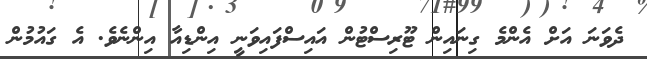
ދެވަނަ އަށް އެންމެ ގިނައިން ޓޫރިސްޓުން އައިސްފައިވަނީ އިންޑިއާ އިންނެވެ. އެ ގައުމުން